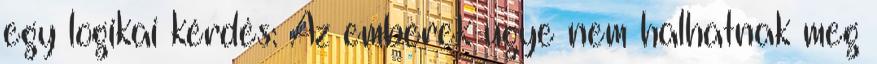
egy logikai kérdés: Az emberek ugye nem halhatnak meg